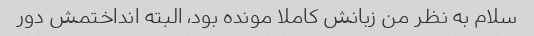
سلام به نظر من زبانش کاملا مونده بود، البته انداختمش دور